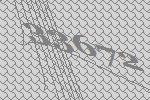
33672